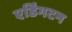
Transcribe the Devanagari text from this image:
एर्डिंगटन